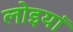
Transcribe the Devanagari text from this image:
लोइयां